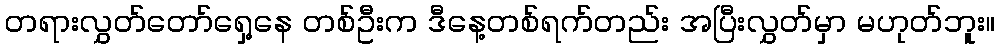
တရားလွှတ်တော်ရှေ့နေ တစ်ဦးက ဒီနေ့တစ်ရက်တည်း အပြီးလွှတ်မှာ မဟုတ်ဘူး။